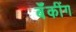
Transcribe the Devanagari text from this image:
बॅँकींग